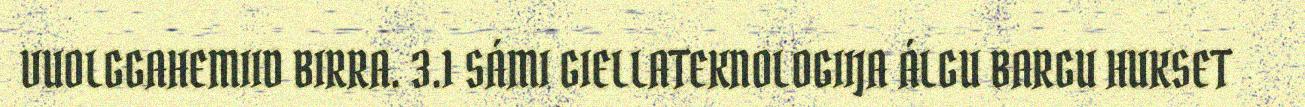
VUOLGGAHEMIID BIRRA. 3.1 SÁMI GIELLATEKNOLOGIIJA ÁLGU BARGU HUKSET